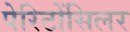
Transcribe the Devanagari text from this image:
पेरिटोंसिलर